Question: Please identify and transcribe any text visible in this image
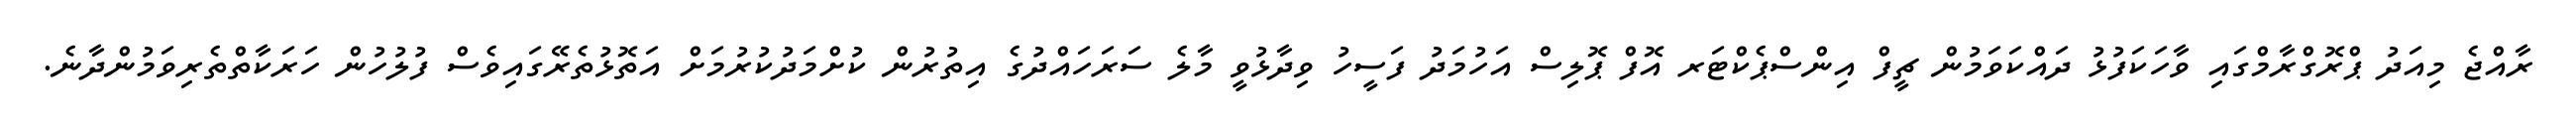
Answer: ރާއްޖެ މިއަދު ޕްރޮގްރާމްގައި ވާހަކަފުޅު ދައްކަވަމުން ޗީފް އިންސްޕެކްޓަރ އޮފް ޕޮލިސް އަހުމަދު ފަސީހު ވިދާޅުވީ މާލެ ސަރަހައްދުގެ އިތުރުން ކުށްމަދުކުރުމަށް އަތޮޅުތެރޭގައިވެސް ފުލުހުން ހަރަކާތްތެރިވަމުންދާނެ.